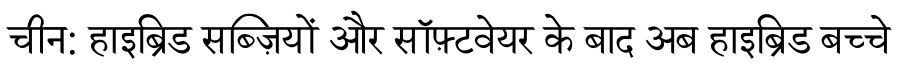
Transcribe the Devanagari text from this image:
चीन: हाइब्रिड सब्ज़ियों और सॉफ़्टवेयर के बाद अब हाइब्रिड बच्चे